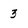
Character: 3